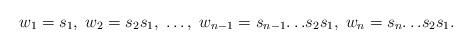
LaTeX: \begin{align*} w_1 = s_1, \; w_2 = s_2s_1, \; \dots, \; w_{n-1} = s_{n-1}{\dots}s_2s_1, \; w_{n} = s_{n}{\dots}s_2s_1.\end{align*}